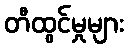
တီထွင်မှုများ